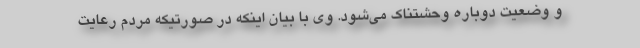
و وضعیت دوباره وحشتناک می‌شود. وی با بیان اینکه در صورتیکه مردم رعایت